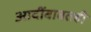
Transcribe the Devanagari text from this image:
आदींबाबतही